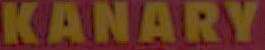
KANARY